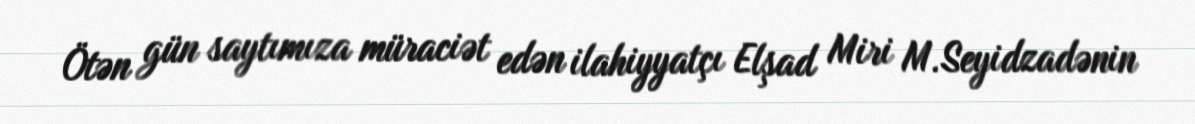
Ötən gün saytımıza müraciət edən ilahiyyatçı Elşad Miri M.Seyidzadənin